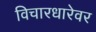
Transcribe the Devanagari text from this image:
विचारधारेवर